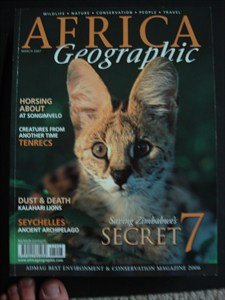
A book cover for AFRICA Geographic - March 2007 -Songimvelo - Tenrecs - Kalahari - Seychelles - Archipelago - Zimbabwe - Wildlife - Nature - Conservation - People - Travel; Travel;